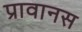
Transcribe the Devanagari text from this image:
प्रावानस